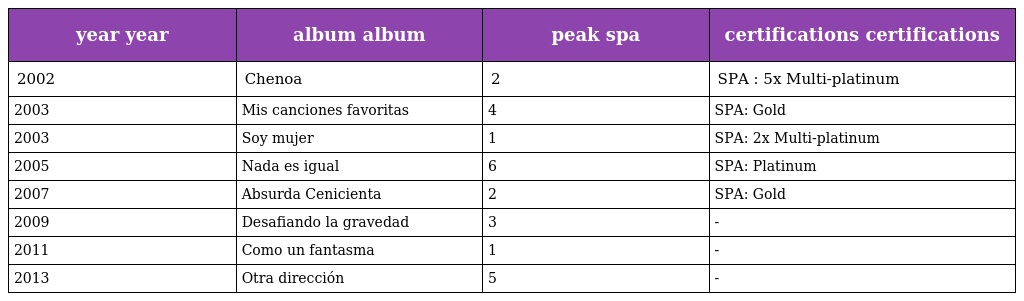
| year year | album album | peak spa | certifications certifications |
 | --- | --- | --- | --- |
 | 2002 | Chenoa | 2 | SPA : 5x Multi-platinum |
 | 2003 | Mis canciones favoritas | 4 | SPA: Gold |
 | 2003 | Soy mujer | 1 | SPA: 2x Multi-platinum |
 | 2005 | Nada es igual | 6 | SPA: Platinum |
 | 2007 | Absurda Cenicienta | 2 | SPA: Gold |
 | 2009 | Desafiando la gravedad | 3 | - |
 | 2011 | Como un fantasma | 1 | - |
 | 2013 | Otra dirección | 5 | - |